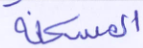
المسكنة